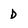
Character: D